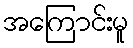
အကြောင်းမူ